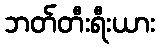
ဘတ်တီးရီးယား